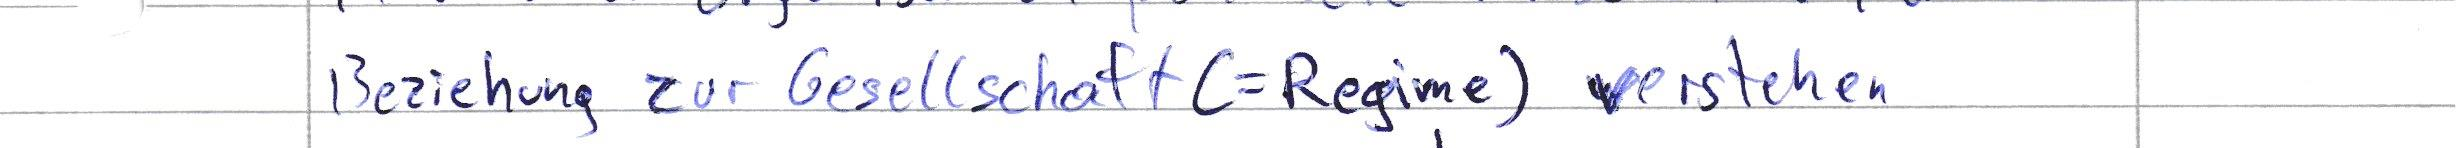
Beziehung zur Gesellschaft (=Regime) verstehen